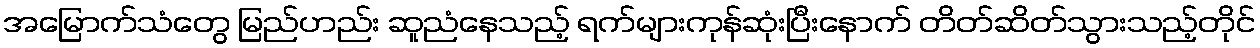
အမြောက်သံတွေ မြည်ဟည်း ဆူညံနေသည့် ရက်များကုန်ဆုံးပြီးနောက် တိတ်ဆိတ်သွားသည့်တိုင်